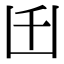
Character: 𠙺